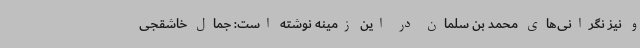
و نیز نگرانی‌های محمد بن سلمان در این زمینه نوشته است: جمال خاشقجی